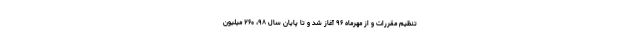
تنظیم مقررات و از مهرماه ۹۶ آغاز شد و تا پایان سال ۹۸، ۲۶۰ میلیون